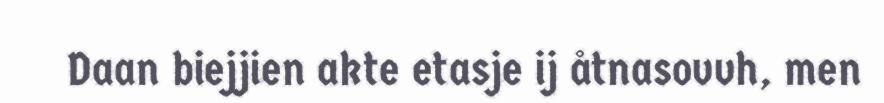
Daan biejjien akte etasje ij åtnasovvh, men